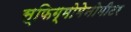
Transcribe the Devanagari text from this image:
स्फिग्मोमेनोमीटर